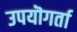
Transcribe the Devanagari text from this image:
उपयॊगर्ता